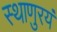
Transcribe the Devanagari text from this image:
स्थाणुरयं